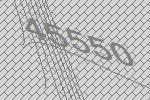
45550